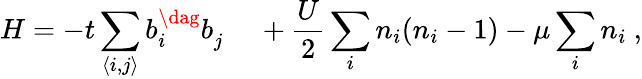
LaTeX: H=-t\sum_{\langle i,j\rangle}b_{i}^{\dag}b_{j}^{\phantom{\dag}}+\frac{U}{2}\sum_{i}n_{i}(n_{i}-1)-\mu\sum_{i}n_{i}\ ,